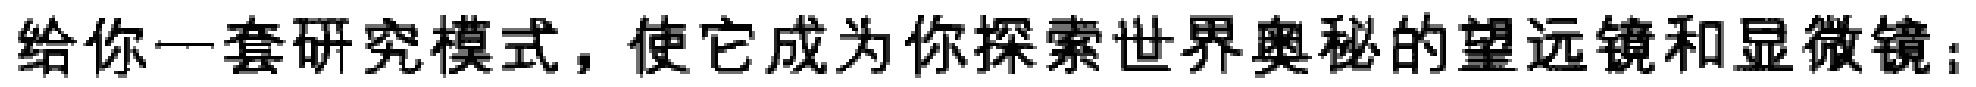
给你一套研究模式，使它成为你探索世界奥秘的望远镜和显微镜;